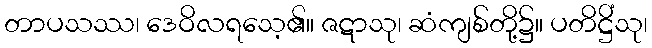
တာပသဿ၊ ဒေဝိလရသေ့၏။ ဇဋာသု၊ ဆံကျစ်တို့၌။ ပတိဋ္ဌိံသု၊